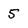
Character: 5